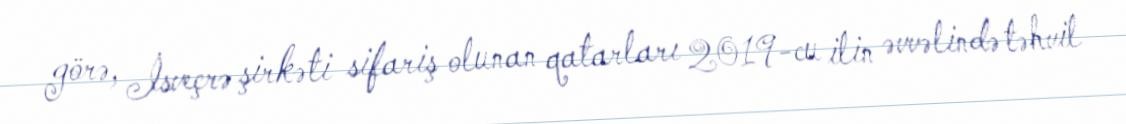
görə, İsveçrə şirkəti sifariş olunan qatarları 2019-cu ilin əvvəlində təhvil